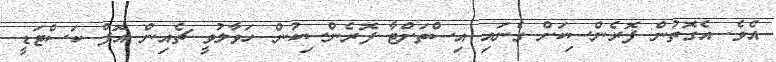
އެވެ. އެގޮތުން ފޮރެންސިކަށް ގެނައި އިސްތަށްޓާ ފޮރެންސިކުން ހަވާލުވީ ޗެއިން އޮފް ކަސްޓަޑީ